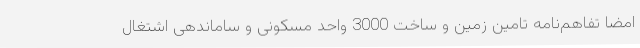
امضا تفاهم‌نامه تامین زمین و ساخت 3000 واحد مسکونی و ساماندهی اشتغال